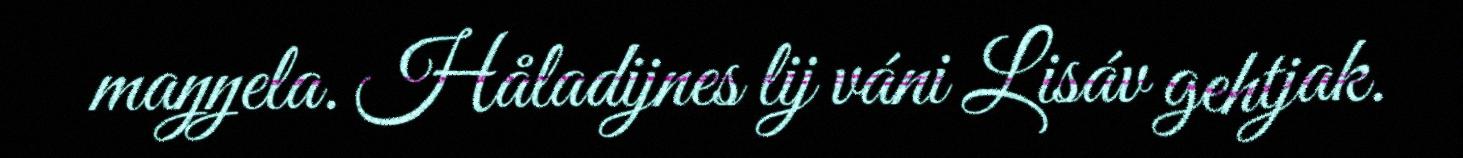
maŋŋela. Håladijnes lij váni Lisáv gehtjak.